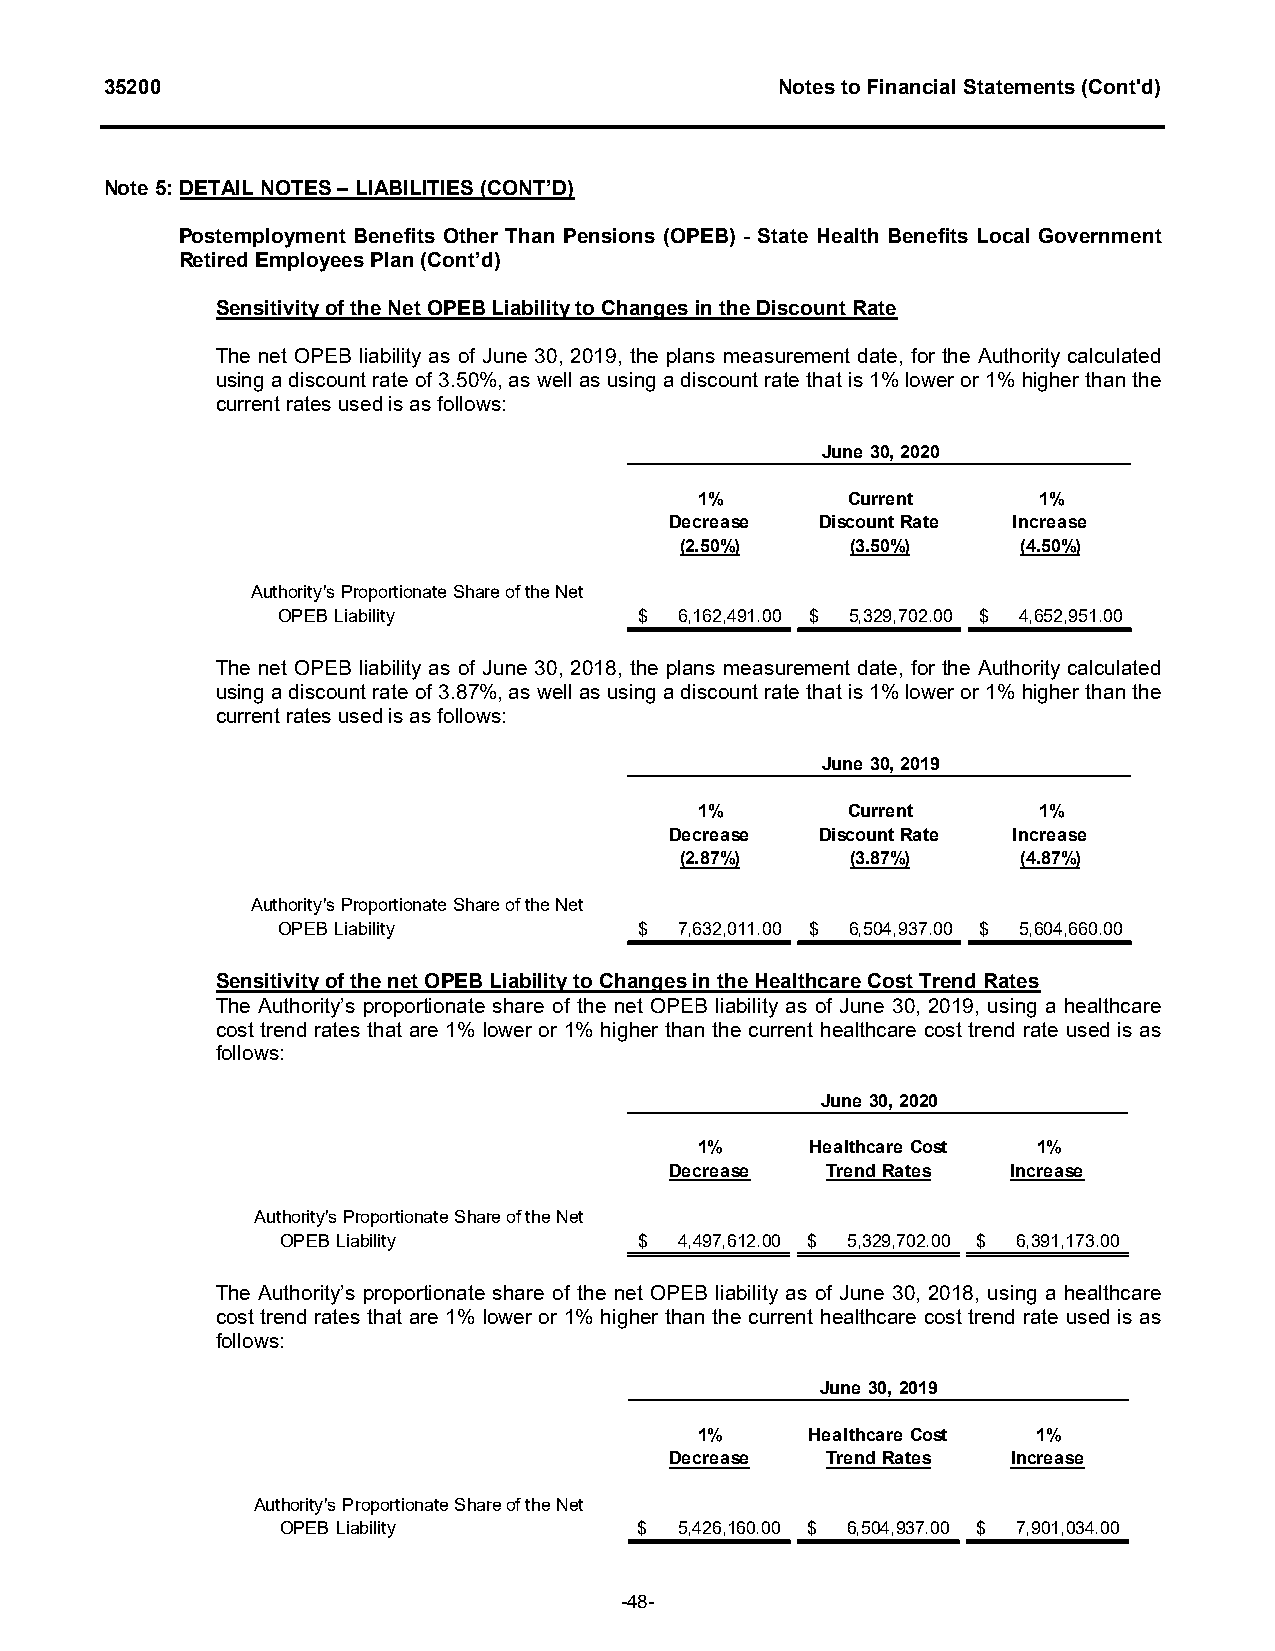
35200                                        Notes to Financial Statements (Cont'd)
 Note 5: DETAIL NOTES – LIABILITIES (CONT’D)
 Postemployment Benefits Other Than Pensions (OPEB) - State Health Benefits Local Government
 Retired Employees Plan (Cont’d)
 Sensitivity of the Net OPEB Liability to Changes in the Discount Rate
 The net OPEB liability as of June 30, 2019, the plans measurement date, for the Authority calculated
 using a discount rate of 3.50%, as well as using a discount rate that is 1% lower or 1% higher than the
 current rates used is as follows:
 June 30, 2020
 1%        Current      1%
 Decrease  Discount Rate Increase
 (2.50%)    (3.50%)     (4.50%)
 Authority's Proportionate Share of the Net
 OPEB Liability          $  6,162,491.00 $ 5,329,702.00 $ 4,652,951.00
 The net OPEB liability as of June 30, 2018, the plans measurement date, for the Authority calculated
 using a discount rate of 3.87%, as well as using a discount rate that is 1% lower or 1% higher than the
 current rates used is as follows:
 June 30, 2019
 1%        Current      1%
 Decrease  Discount Rate Increase
 (2.87%)    (3.87%)     (4.87%)
 Authority's Proportionate Share of the Net
 OPEB Liability          $  7,632,011.00 $ 6,504,937.00 $ 5,604,660.00
 Sensitivity of the net OPEB Liability to Changes in the Healthcare Cost Trend Rates
 The Authority’s proportionate share of the net OPEB liability as of June 30, 2019, using a healthcare
 cost trend rates that are 1% lower or 1% higher than the current healthcare cost trend rate used is as
 follows:
 June 30, 2020
 1%      Healthcare Cost 1%
 Decrease   Trend Rates Increase
 Authority's Proportionate Share of the Net
 OPEB Liability         $  4,497,612.00 $ 5,329,702.00 $ 6,391,173.00
 The Authority’s proportionate share of the net OPEB liability as of June 30, 2018, using a healthcare
 cost trend rates that are 1% lower or 1% higher than the current healthcare cost trend rate used is as
 follows:
 June 30, 2019
 1%      Healthcare Cost 1%
 Decrease   Trend Rates Increase
 Authority's Proportionate Share of the Net
 OPEB Liability         $  5,426,160.00 $ 6,504,937.00 $ 7,901,034.00
 -48-